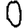
Digit: 0